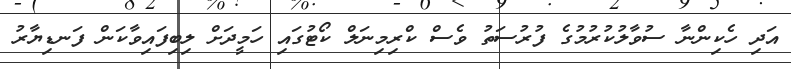
އަދި ހެކިންނާ ސުވާލުކުރުމުގެ ފުރުސަތު ވެސް ކްރިމިނަލް ކޯޓުގައި ހަމީދަށް ލިބިފައިވާކަން ފަނޑިޔާރު